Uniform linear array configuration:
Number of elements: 48
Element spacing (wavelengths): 0.5
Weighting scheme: hann
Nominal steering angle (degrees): -15
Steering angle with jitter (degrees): -13.286
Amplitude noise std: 0.05
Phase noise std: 0.05

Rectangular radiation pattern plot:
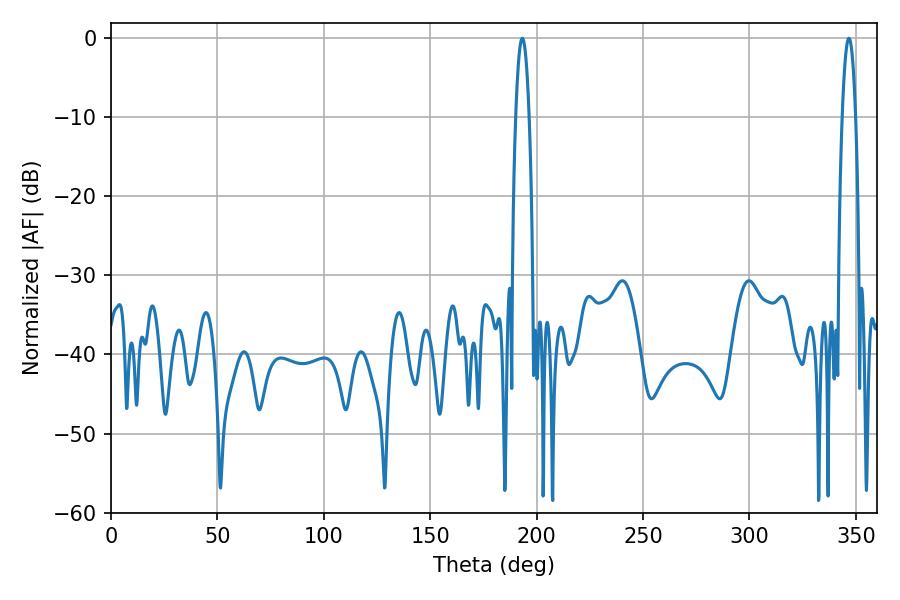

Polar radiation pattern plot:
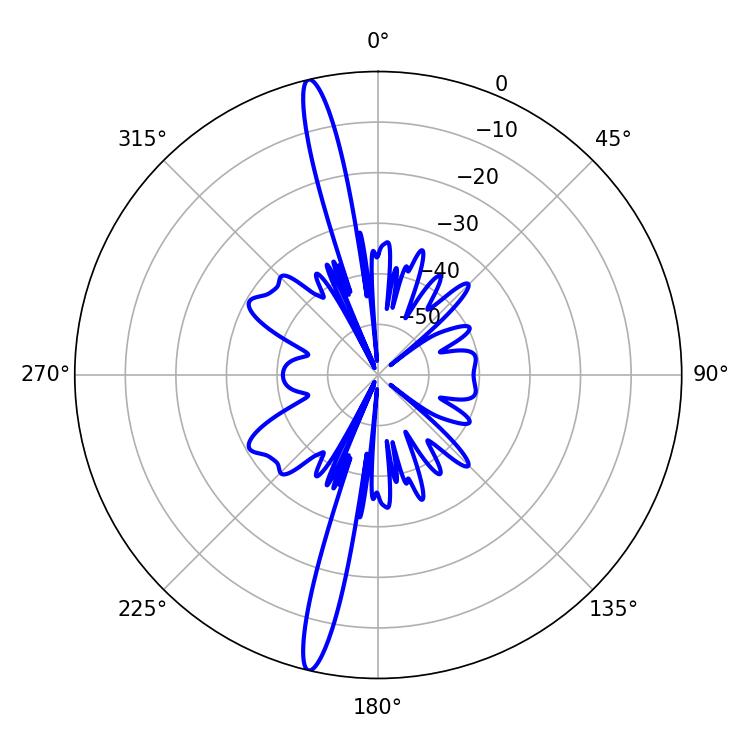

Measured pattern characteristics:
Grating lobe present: FALSE
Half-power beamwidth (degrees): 3.42
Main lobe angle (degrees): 346.68